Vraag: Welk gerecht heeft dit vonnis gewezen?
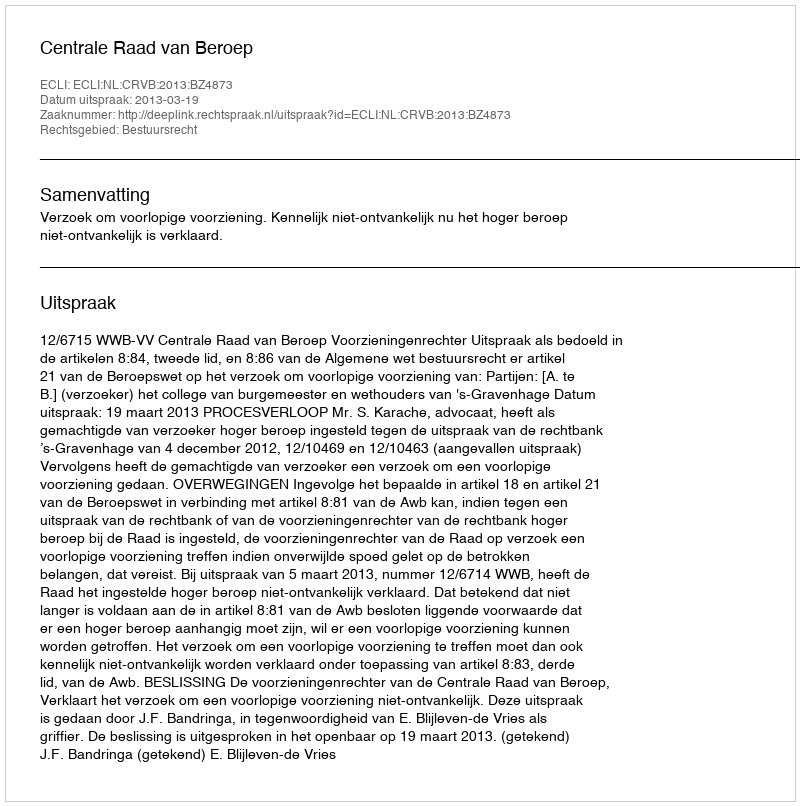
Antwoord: Centrale Raad van Beroep